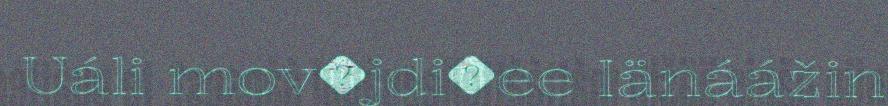
Uáli mov�jdi�ee Iänáážin